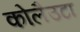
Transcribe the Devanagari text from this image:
कोलैउटा